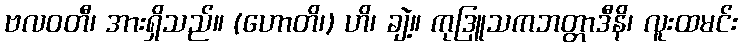
ဗလဝတီ၊ အားရှိသည်။ (ဟောတိ၊) ဟိ၊ ချဲ့။ ကုဒြူသကဘတ္တာဒီနိ၊ လူးထမင်း